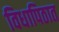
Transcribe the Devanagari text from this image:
विधापिठात